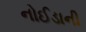
નોઈડાની